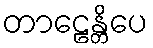
တာဠေန္တိပေ